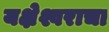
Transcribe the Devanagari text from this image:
यक्षेश्वराचा